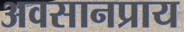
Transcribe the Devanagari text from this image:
अवसानप्राय